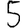
Digit: 5